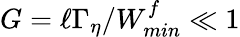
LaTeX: G=\ell\Gamma_{\eta}/W_{min}^{f}\ll 1